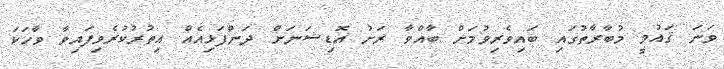
ވަނަ ޤައުމީ މުބާރާތުގައި ބައިވެރިވުމަށް ބާއްވާ ރަށު އޮޑިޝަނަށް ދަންފަޅިއެއް އިތުރުކުރެވިފައިވާ ވާހަކަ